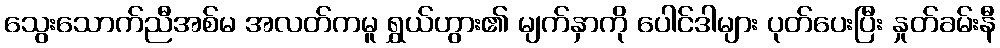
သွေးသောက်ညီအစ်မ အလတ်ကမူ ရွှယ်ဟွား၏ မျက်နှာကို ပေါင်ဒါများ ပုတ်ပေးပြီး နှုတ်ခမ်းနီ